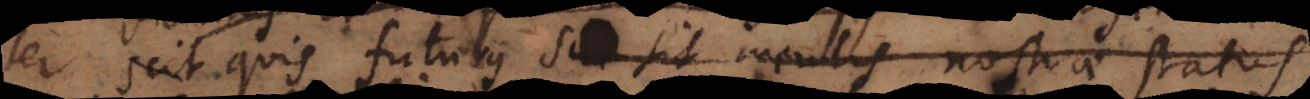
e, scit quis futurus sit Mentis nostrae status